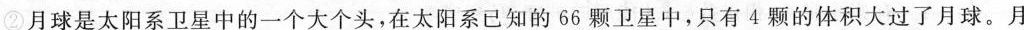
②月球是太阳系卫星中的一个大个头，在太阳系已知的56则卫星中，只有4颗的体积大过了月球。月